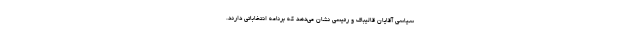
سیاسی آقایان قالیباف و رئیسی نشان می‌دهد که برنامه انتخاباتی دارند.